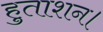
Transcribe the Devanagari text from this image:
हुताशन।